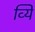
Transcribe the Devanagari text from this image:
व्यिे